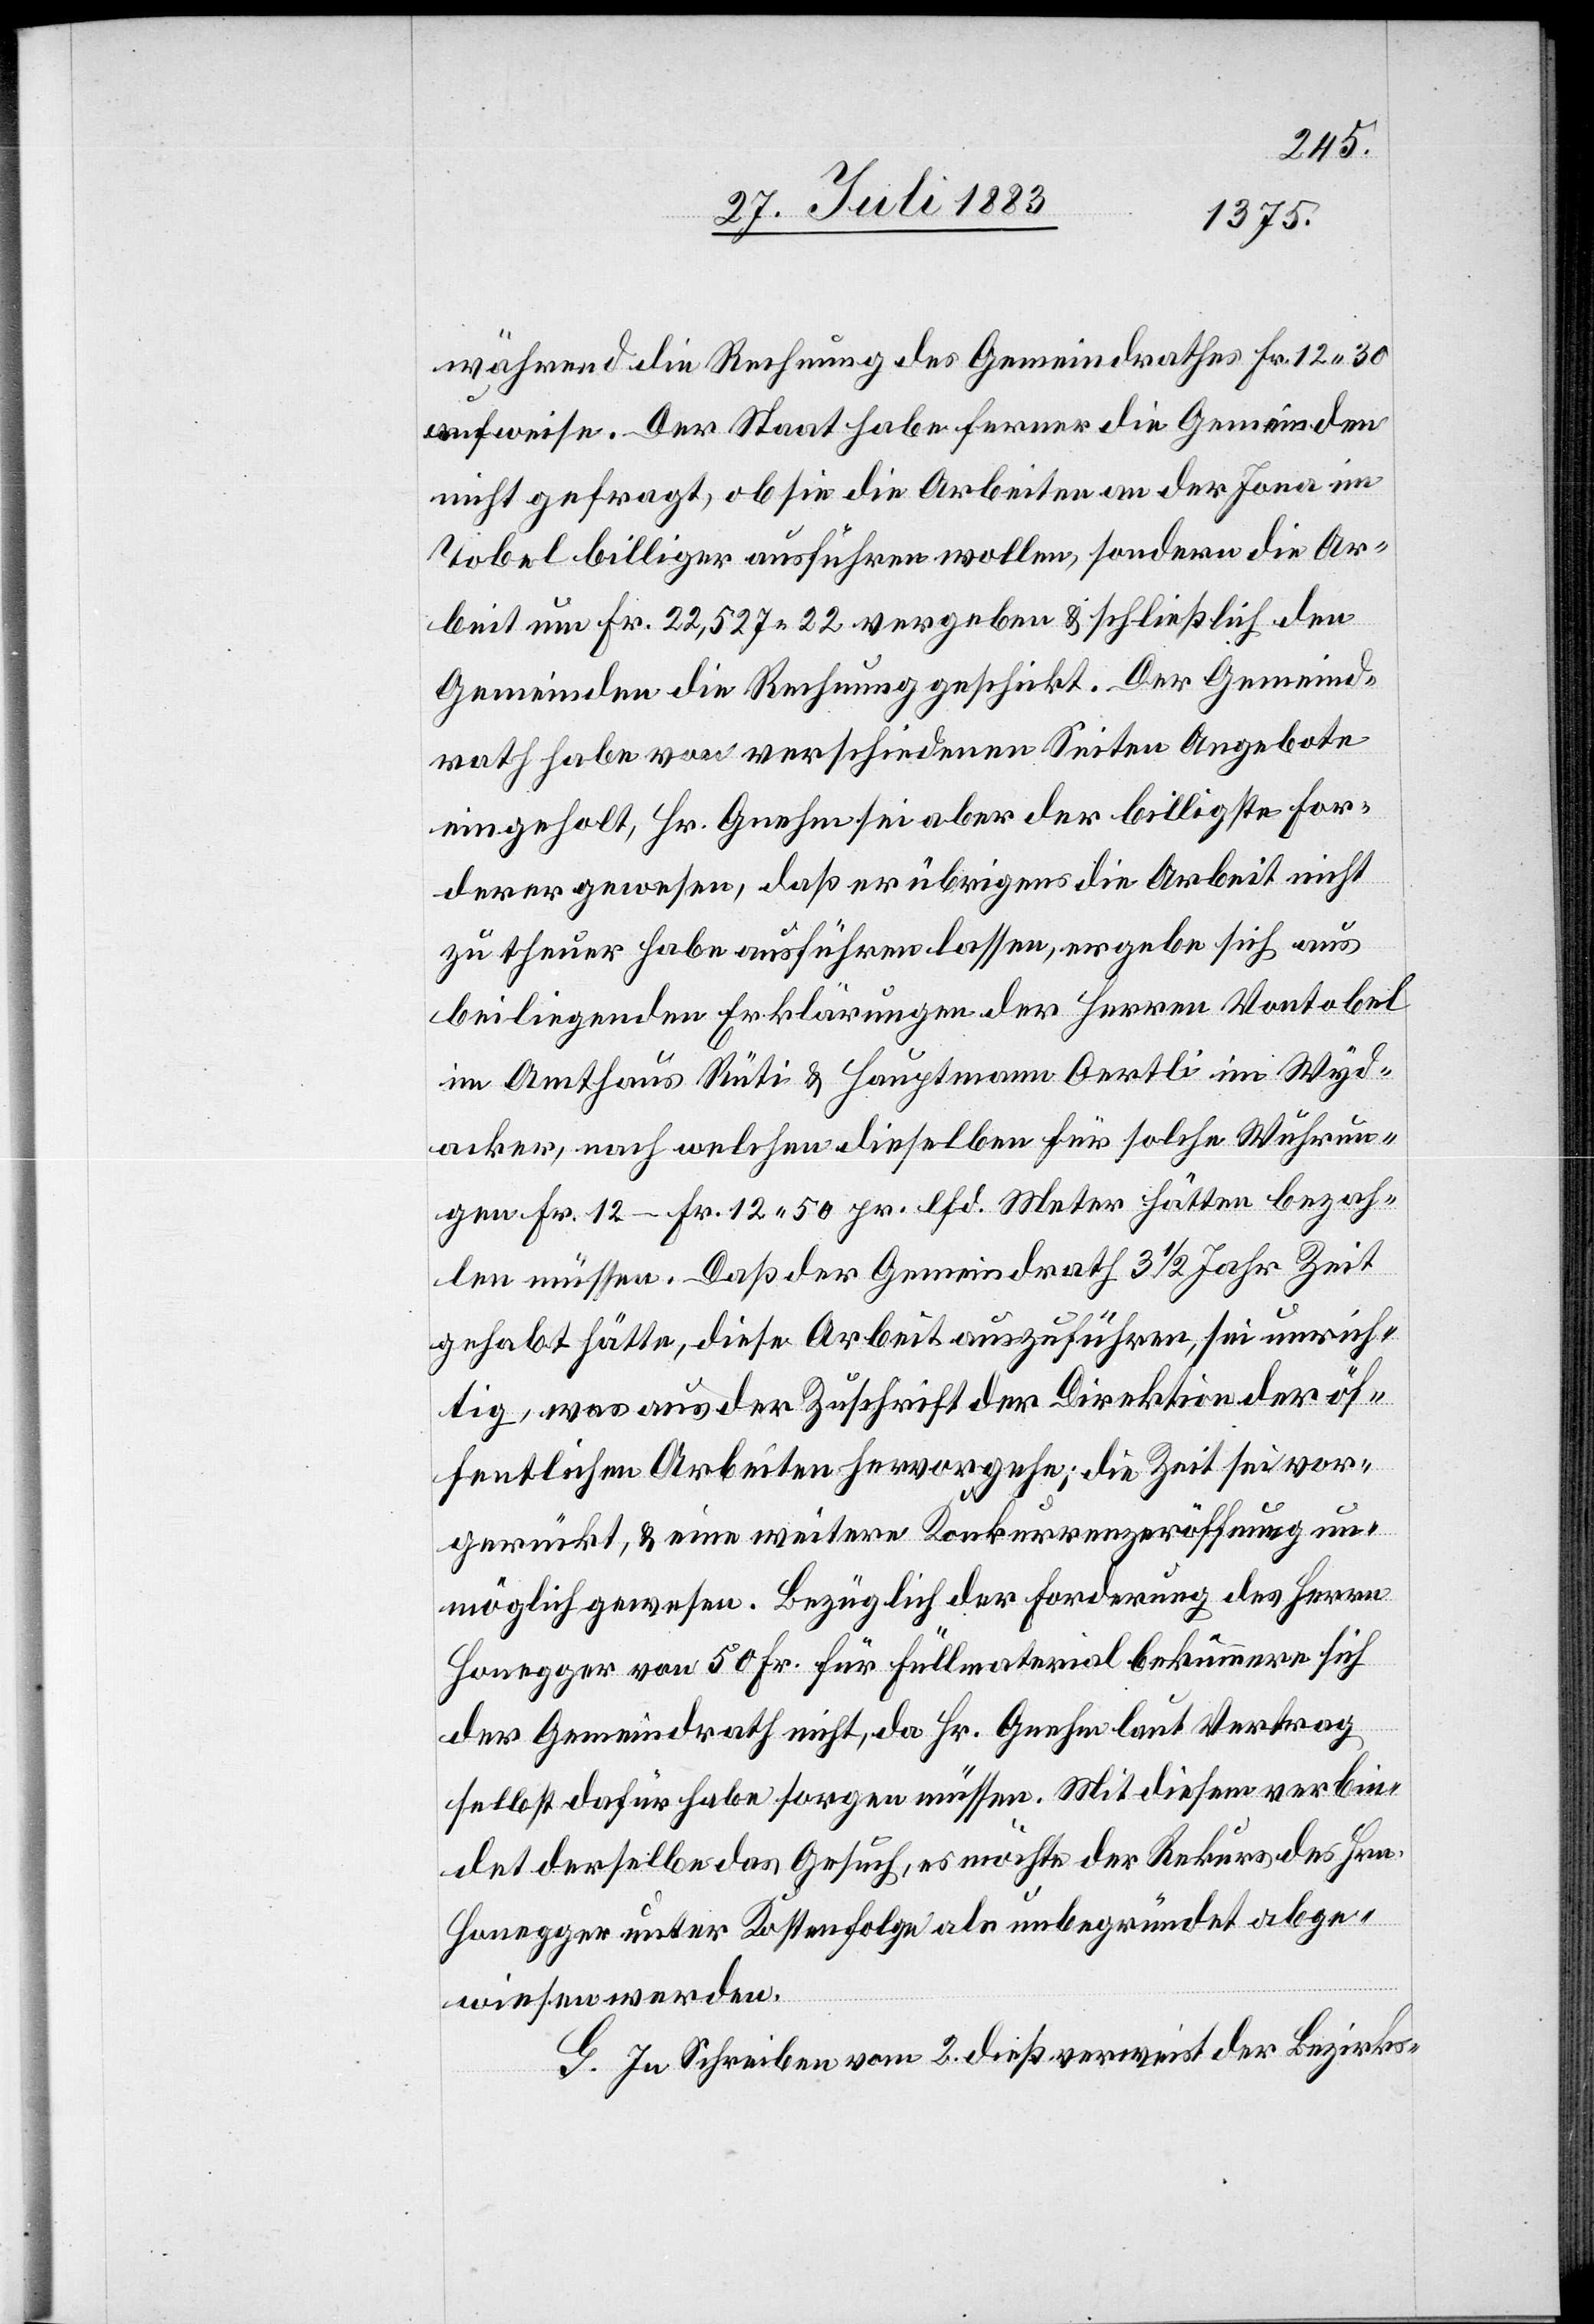
während die Rechnung des Gemeindrathes Fr. 12 30
aufweise. Der Staat habe ferner die Gemeinde
nicht gefragt, ob sie die Arbeiten an der Jona im
Tobel billiger ausführen wollen, sondern die Ar¬
beit um Fr. 22,527 22 vergeben & schließlich den
Gemeinden die Rechnung geschickt. Der Gemeind¬
rath habe von verschiedenen Seiten Angebote
eingeholt, Hr. Gnehm sei aber der billigste For¬
derer gewesen, daß er übrigens die Arbeit nicht
zu theuer habe ausführen lassen, ergebe sich aus
beiliegenden Erklärungen der Herren Vontobel
im Amtshaus Rüti & Hauptmann Oertli im Wyd¬
acker, nach welchen dieselben für solche Wuhrun¬
gen Fr. 12–Fr. 12 50 pr. lfd. Meter hätten bezah¬
len müssen. Daß der Gemeindrath 3 1/2 Jahr Zeit
gehabt hätte, diese Arbeit auszuführen, sei unrich¬
tig, was aus der Zuschrift der Direktion der öf¬
fentlichen Arbeiten hervorgehe; die Zeit sei vor¬
gerückt, & eine weitere Konkurrenzeröffnung un¬
möglich gewesen. Bezüglich der Forderung des Herrn
Honegger von 50 Fr. für Füllmaterial bekümmere sich
der Gemeindrath nicht, da Hr. Gnehm laut Vertrag
selbst dafür habe sorgen müssen. Mit diesem verbin¬
det derselbe das Gesuch, es möchte der Rekurs des Hrn.
Honegger unter Kostenfolge als unbegründet abge¬
wiesen werden.
G. In Schreiben vom 2. dieß verweist der Bezirks-